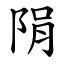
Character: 䧎